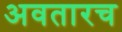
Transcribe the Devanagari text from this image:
अवतारच